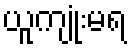
ယူကျုံးမရ